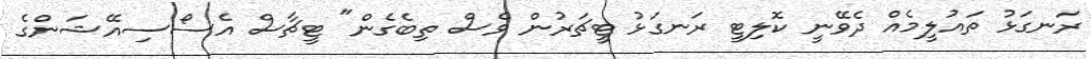
ރަނގަޅު ތައުލީމެއް ދެވޭނީ ކޮލިޓީ ރަނގަޅު ޓީޗަރުން ވެސް ތިބެގެން" ޓީޗާސް އެސޯސިއޭޝަންގެ